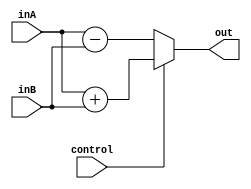
`timescale 1ns / 1ps
/*

Group Names
Alan Manuel Loreto Corndidez: 1/3 Effort
Haseeb Sarwar Irfan: 1/3 Effort
Chris W Bremser: 1/3 Effort

*/
module Adder_Subtractor_64Bit(
    inA,
    inB,
    out,
    control
    );
    
    input [63:0]inA;
    input [63:0]inB;
    input control;
    output reg [63:0]out;
    
    
    always @(*)
    begin
        if(control == 1)
        begin
            out <= inA + inB;    
        end
        else 
        begin
            out <= inA - inB;
        end
    
    end

    
endmodule